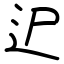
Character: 迉